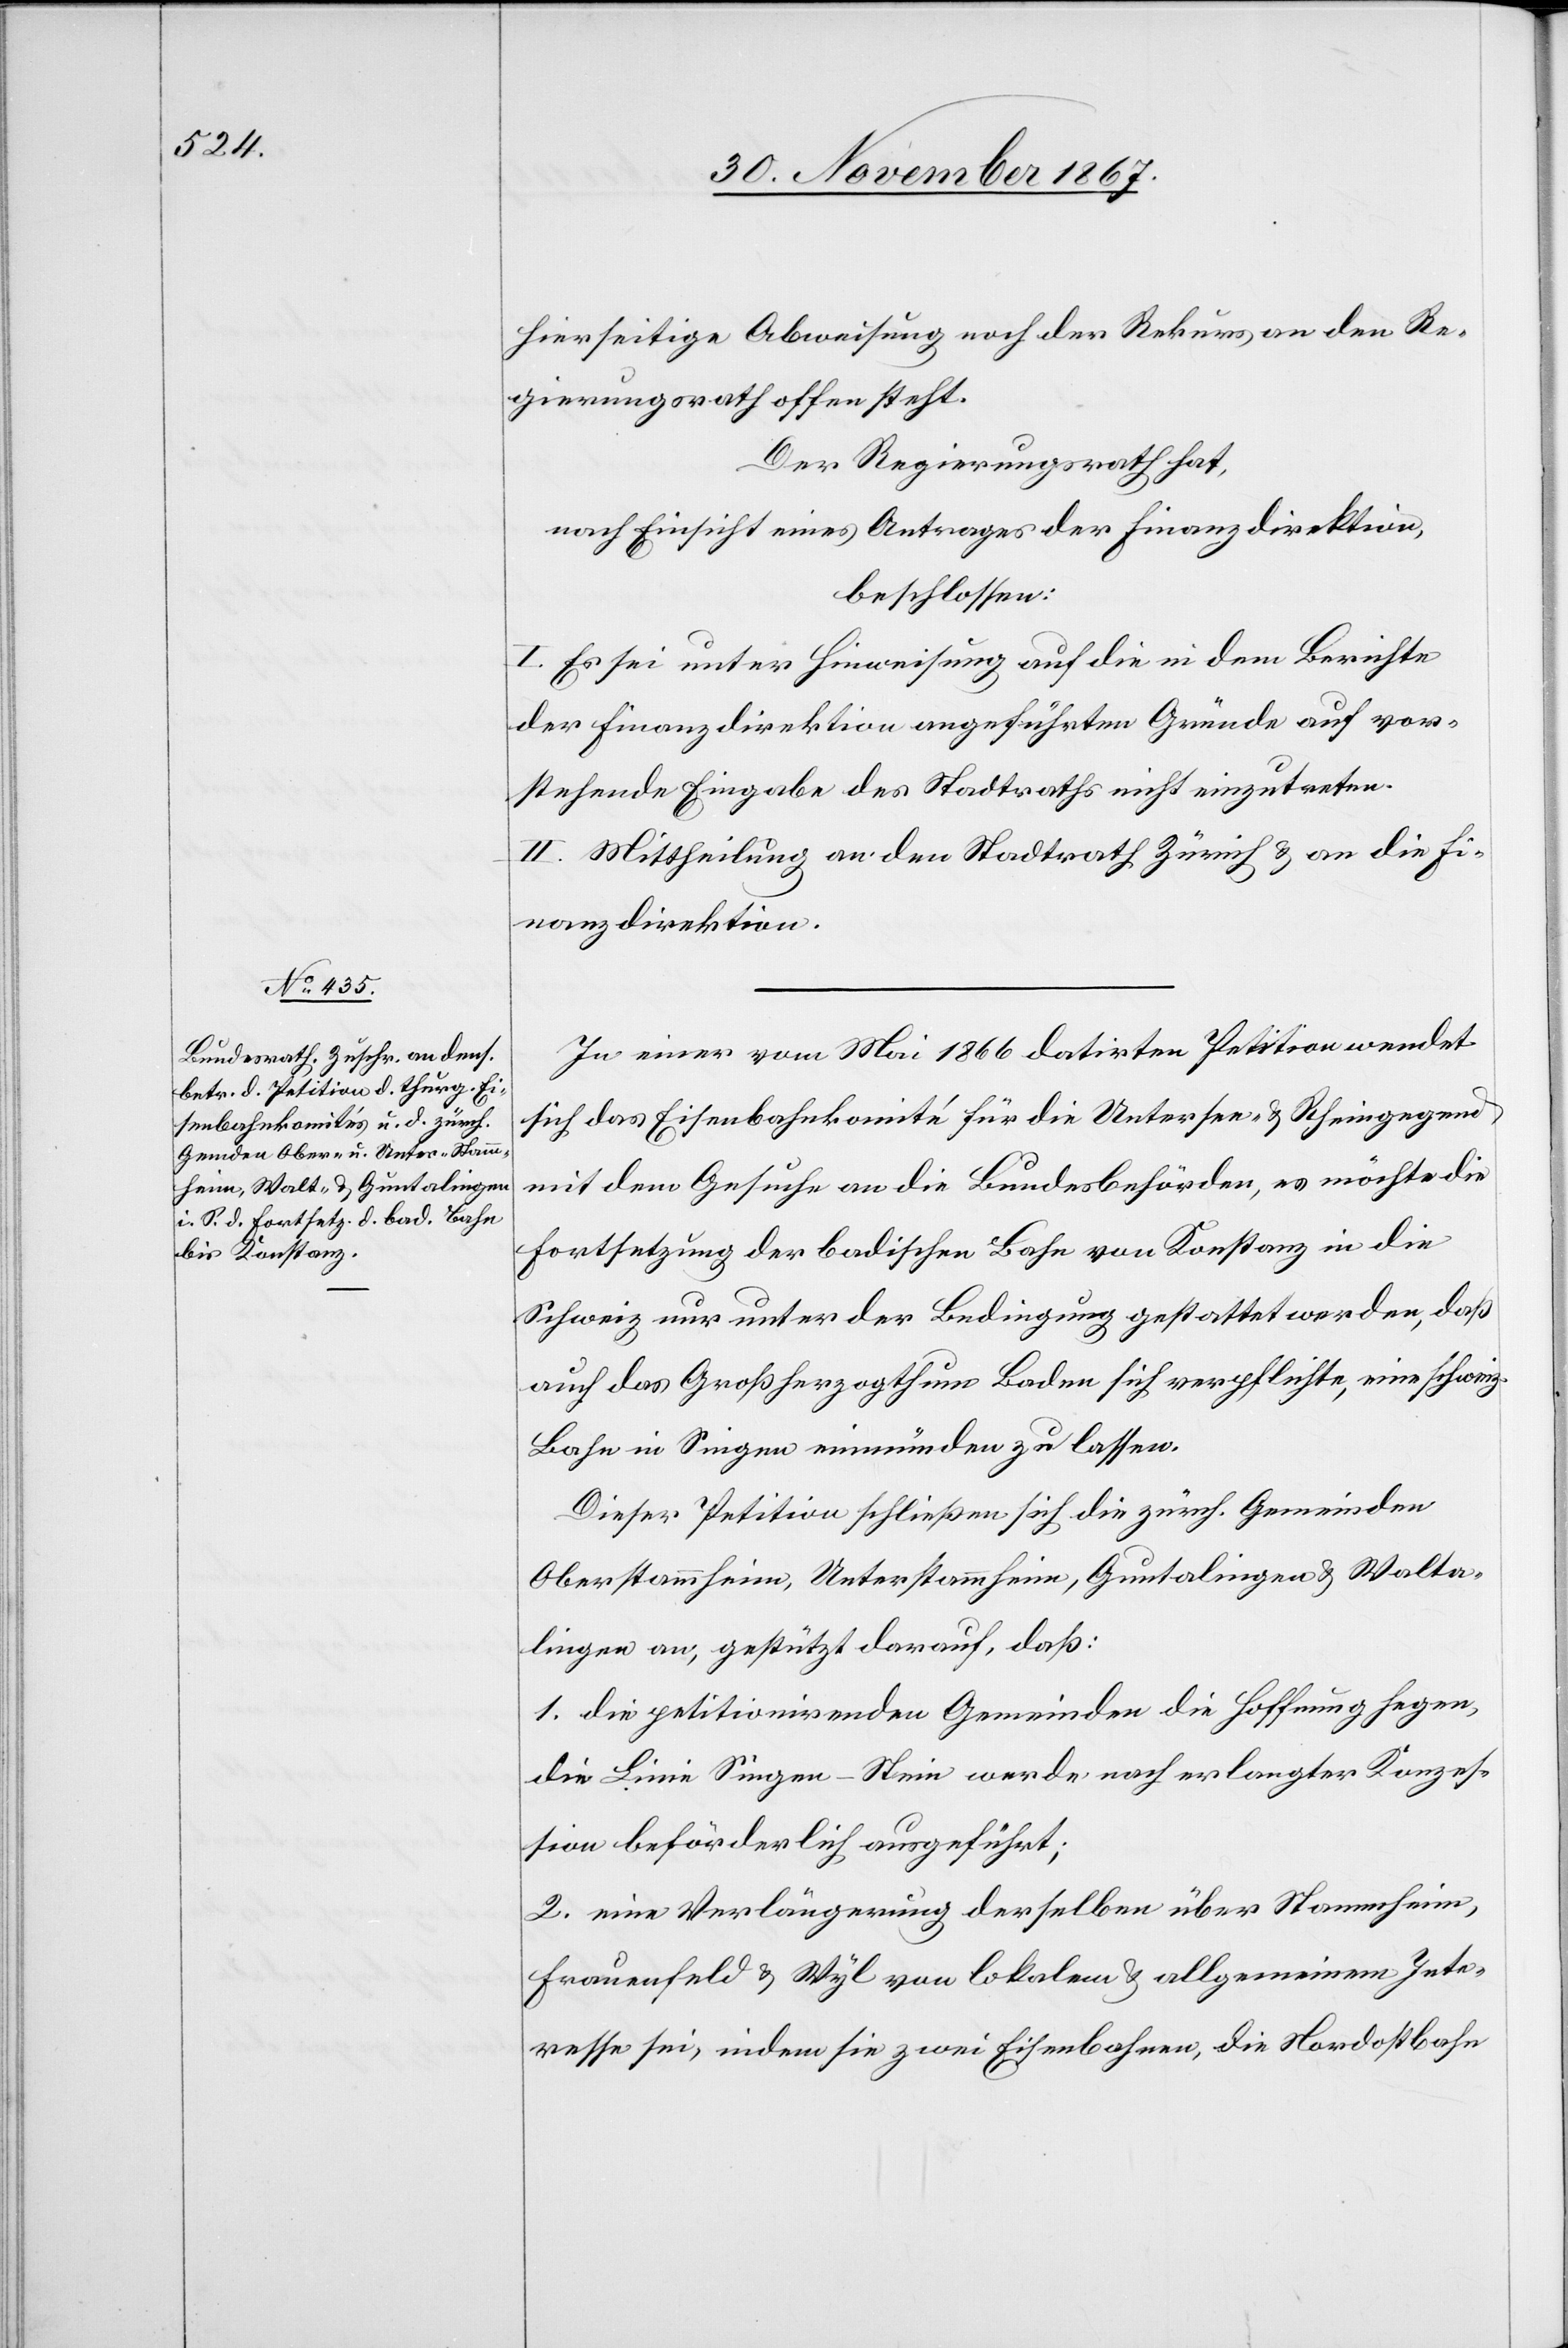
hierseitige Abweisung noch der Rekurs an den Re¬
gierungsrath offen steht.
Der Regierungsrath hat,
nach Einsicht eines Antrages der Finanzdirektion,
beschlossen:
I. Es sei unter Hinweisung auf die in dem Berichte
der Finanzdirektion angeführten Gründe auf vor¬
stehende Eingabe des Stadtraths nicht einzutreten.
II. Mittheilung an den Stadtrath Zürich u. an die Fi¬
nanzdirektion.
In einer vom Mai 1866 datirten Petition wendet
sich das Eisenbahnkomité für die Untersee- u. Rheingegend
mit dem Gesuche an die Bundesbehörden, es möchte die
Fortsetzung der badischen Bahn von Konstanz in die
Schweiz nur unter der Bedingung gestattet werden, daß
auch das Großherzogthum Baden sich verpflichte, eine schweiz.
Bahn in Singen einmünden zu lassen.
Dieser Petition schließen sich die zürch. Gemeinden
Oberstammheim, Unterstammheim, Guntalingen u. Walta¬
lingen an, gestützt darauf, daß:
1. die petitionirenden Gemeinden die Hoffnung hegen,
die Linie Singen–Stein werde nach erlangter Konzes¬
sion beförderlich ausgeführt;
2. eine Verlängerung derselben über Stammheim,
Frauenfeld u. Wyl von lokalem u. allgemeinem Inte¬
resse sei, indem sie zwei Eisenbahnen, die Nordostbahn